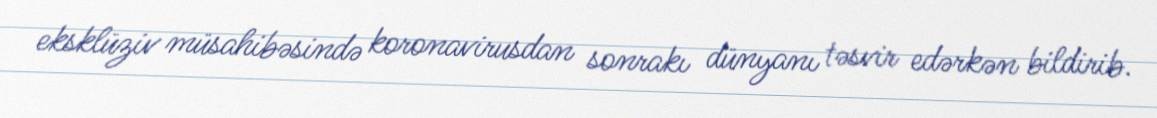
eksklüziv müsahibəsində koronavirusdan sonrakı dünyanı təsvir edərkən bildirib.